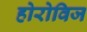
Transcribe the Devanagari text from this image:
होरोविज